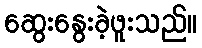
ဆွေးနွေးခဲ့ဖူးသည်။